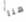
هنا